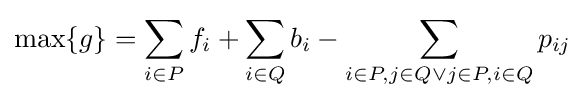
\max\{g\}=\sum _{i\in P}f_{i}+\sum _{i\in Q}b_{i}-\sum _{i\in P,j\in Q\lor j\in P,i\in Q}p_{ij}